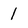
Character: 1